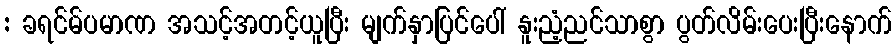
: ခရင်မ်ပမာဏ အသင့်အတင့်ယူပြီး မျက်နှာပြင်ပေါ် နူးညံ့ညင်သာစွာ ပွတ်လိမ်းပေးပြီးနောက်